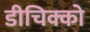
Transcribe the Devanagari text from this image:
डीचिक्को